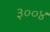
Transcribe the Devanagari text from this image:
३००४